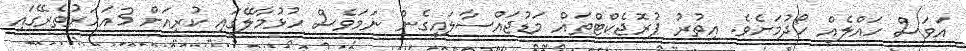
އަވަސް ހައްލެއް ހޯދުމަށެވެ. އިތުރު ޕުރޮޖެކްޓްތައް މަޑުޖައްސާލައިގެން ނަމަވެސް ހުޅުމާލޭގައި ކުރިއަށް 3އަހަރުތެރޭގައި